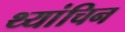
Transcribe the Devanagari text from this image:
थ्यांचिन